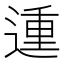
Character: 𨔝